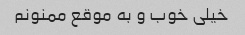
خیلی خوب و به موقع ممنونم